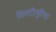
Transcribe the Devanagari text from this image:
सिस्टीनूरिया